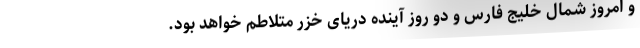
و امروز شمال خلیج فارس و دو روز آینده دریای خزر متلاطم خواهد بود.